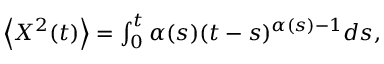
\begin{array} { r } { \left< X ^ { 2 } ( t ) \right> = \int _ { 0 } ^ { t } \alpha ( s ) ( t - s ) ^ { \alpha ( s ) - 1 } d s , } \end{array}